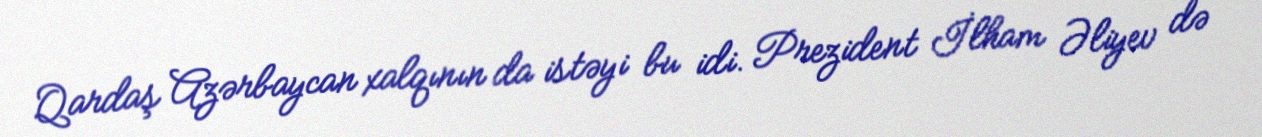
Qardaş Azərbaycan xalqının da istəyi bu idi. Prezident İlham Əliyev də